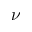
\nu